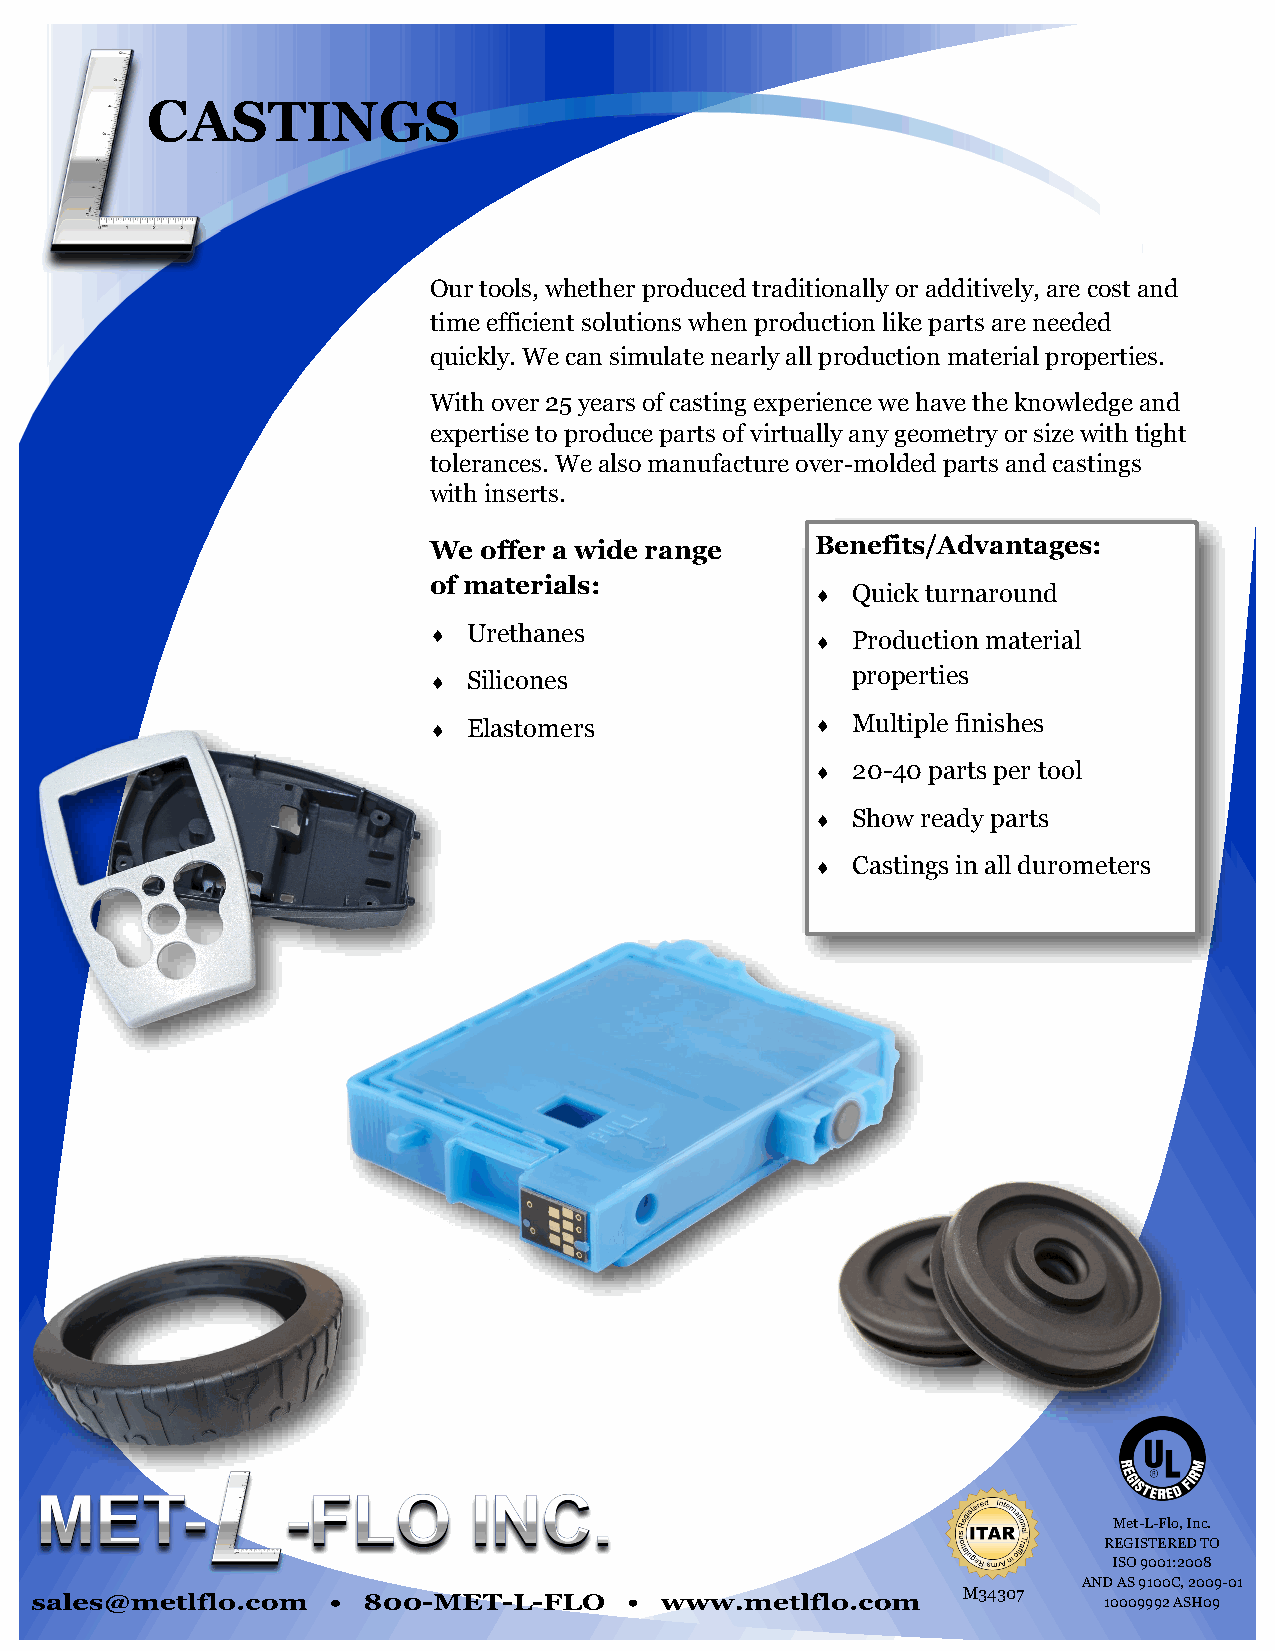
CASTINGS
 Our tools, whether produced traditionally or additively, are cost and
 time efficient solutions when production like parts are needed
 quickly. We can simulate nearly all production material properties.
 With over 25 years of casting experience we have the knowledge and
 expertise to produce parts of virtually any geometry or size with tight
 tolerances. We also manufacture over-molded parts and castings
 with inserts.
 We  offer a wide range    Benefits/Advantages:
 of materials:
  Quick turnaround
   Urethanes               Production material
   Silicones                properties
   Elastomers              Multiple finishes
  20-40 parts per tool
  Show ready parts
  Castings in all durometers
 Met-L-Flo, Inc.
 REGISTERED TO
 ISO 9001:2008
 AND AS 9100C, 2009-01
 M34307
 10009992 ASH09